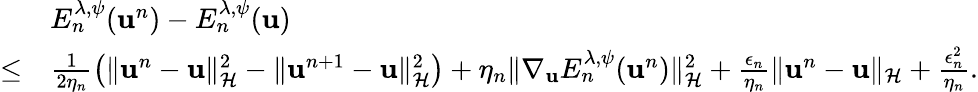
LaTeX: \begin{array}{rl}&{E_{n}^{\lambda,\psi}({\mathbf u}^{n})-E_{n}^{\lambda,\psi}({\mathbf u})}\\ {\leq}&{\frac{1}{2\eta_{n}}\left(\| {\mathbf u}^{n}-{\mathbf u}\| _{\mathcal{H}}^{2}-\| {\mathbf u}^{n+1}-{\mathbf u}\| _{\mathcal{H}}^{2}\right)+\eta_{n}\| \nabla_{{\mathbf u}}E_{n}^{\lambda,\psi}({\mathbf u}^{n})\| _{\mathcal{H}}^{2}+\frac{\epsilon_{n}}{\eta_{n}}\| {\mathbf u}^{n}-{\mathbf u}\| _{\mathcal{H}}+\frac{\epsilon_{n}^{2}}{\eta_{n}}.}\end{array}